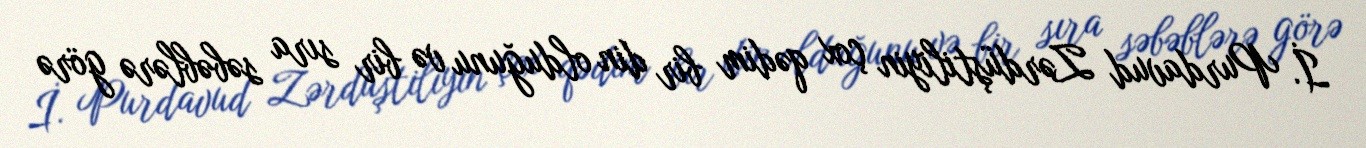
İ. Purdavud Zərdüştiliyin çox qədim bir din olduğunu və bir sıra səbəblərə görə